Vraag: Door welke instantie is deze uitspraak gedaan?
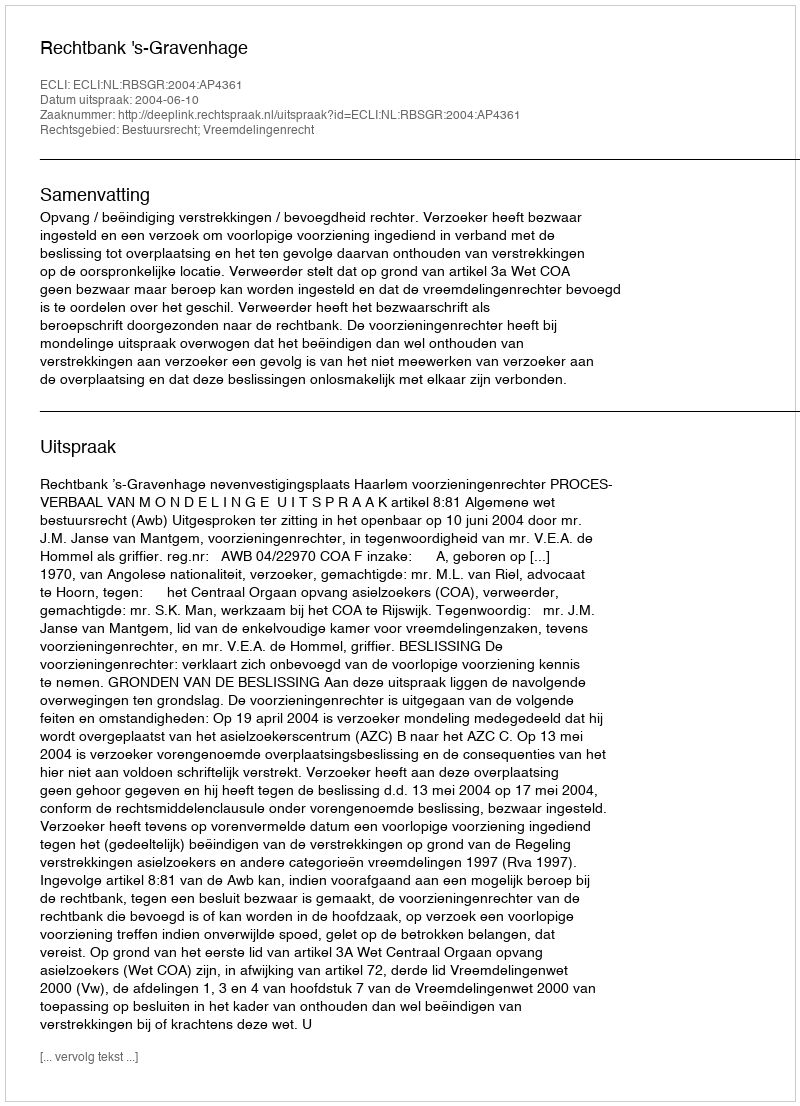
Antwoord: Rechtbank 's-Gravenhage